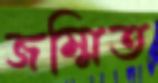
জম্মিত